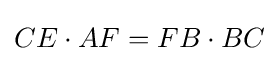
CE\cdot AF=FB\cdot BC